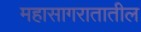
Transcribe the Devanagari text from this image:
महासागरातातील